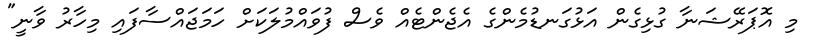
މި އޮޕަރޭޝަނާ ގުޅިގެން އަޅުގަނޑުމެންގެ އެޖެންޓެއް ވެސް ފުވައްމުލަކަށް ހަމަޖައްސާފައި މިހާރު ވާނީ"